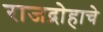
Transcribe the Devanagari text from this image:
राजद्रोहाचे